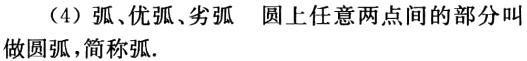
（4）弧、优弧、劣弧 圆上任意两点间的部分叫做圆弧，简称弧.